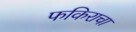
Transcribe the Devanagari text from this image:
फकिराचा